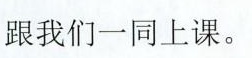
跟我们一同上课。